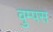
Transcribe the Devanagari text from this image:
वुम्पस